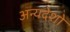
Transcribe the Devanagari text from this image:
अन्यदेशो